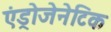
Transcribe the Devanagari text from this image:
एंड्रोजेनेटिक